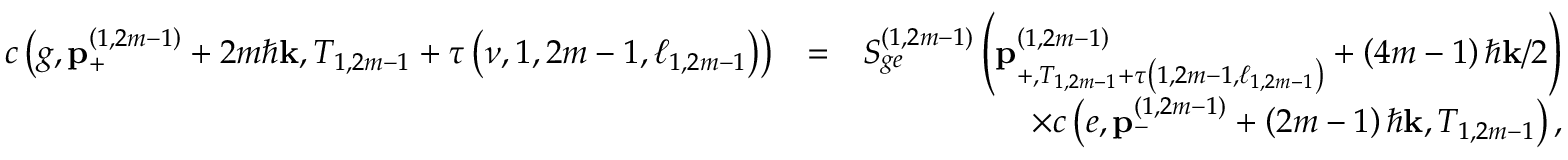
\begin{array} { r l r } { c \left( g , \mathbf { p } _ { + } ^ { \left( 1 , 2 m - 1 \right) } + 2 m \hbar \mathbf { k } , T _ { 1 , 2 m - 1 } + \tau \left( \nu , 1 , 2 m - 1 , \ell _ { 1 , 2 m - 1 } \right) \right) } & { = } & { S _ { g e } ^ { \left( 1 , 2 m - 1 \right) } \left( \mathbf { p } _ { + , T _ { 1 , 2 m - 1 } + \tau \left( 1 , 2 m - 1 , \ell _ { 1 , 2 m - 1 } \right) } ^ { \left( 1 , 2 m - 1 \right) } + \left( 4 m - 1 \right) \hbar \mathbf { k } / 2 \right) } \\ & { } & { \times c \left( e , \mathbf { p } _ { - } ^ { \left( 1 , 2 m - 1 \right) } + \left( 2 m - 1 \right) \hbar \mathbf { k } , T _ { 1 , 2 m - 1 } \right) , } \end{array}